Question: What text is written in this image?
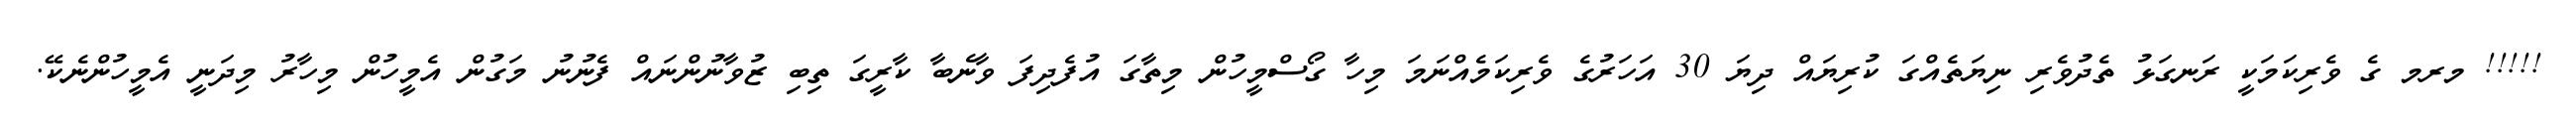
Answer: !!!!! މރމ ގެ ވެރިކަމަކީ ރަނގަޅު ތެދުވެރި ނިޔަތެއްގަ ކުރިޔައް ދިޔަ 30 އަހަރުގެ ވެރިކަމެއްނަމަ މިހާ ގޯސްމީހުން މިތާގަ އުފެދިފަ ވާނެބާ ކާރީގަ ތިބި ޒުވާނުންނައް ފެނުނު މަގުން އެމީހުން މިހާރު މިދަނީ އެމީހުންނެކޭ.